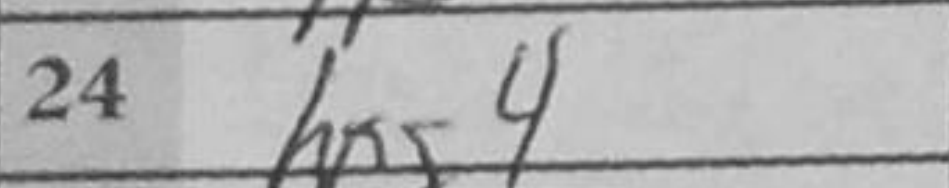
Transcription: hxg4